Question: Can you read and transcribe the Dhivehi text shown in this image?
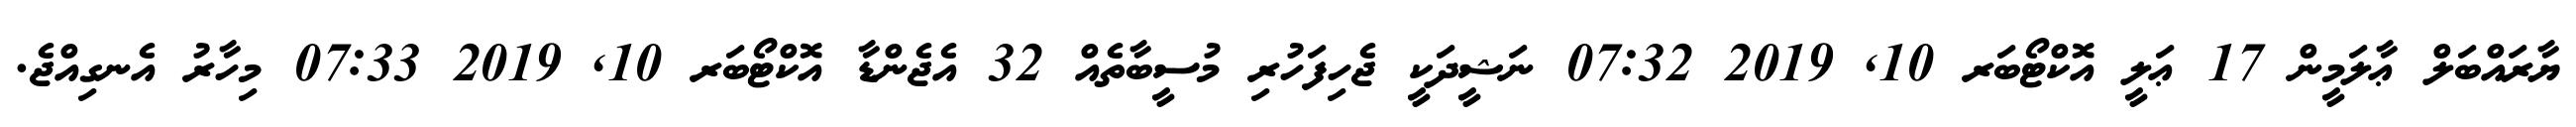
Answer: ޔާރައްބަލް ޢާލަމީން 17 ޢަލީ އޮކްޓޯބަރ 10, 2019 07:32 ނަޝީދަކީ ޖެހިފަހުރި މުސީބާތެއް 32 އެޖެންޑާ އޮކްޓޯބަރ 10, 2019 07:33 މިހާރު އެނގިއްޖެ.